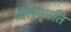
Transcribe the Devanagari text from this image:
बेलनृपति